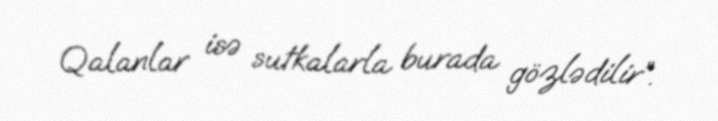
Qalanlar isə sutkalarla burada gözlədilir”.